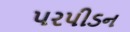
પરપીડન